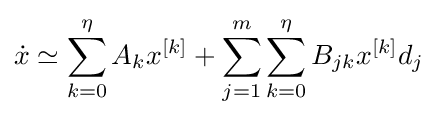
{\dot {x}}\simeq \sum _{k=0}^{\eta }A_{k}x^{[k]}+\sum _{j=1}^{m}\sum _{k=0}^{\eta }B_{jk}x^{[k]}d_{j}